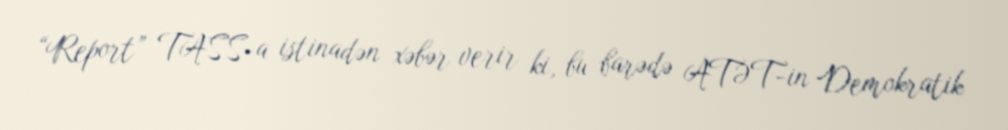
“Report” TASS-a istinadən xəbər verir ki, bu barədə ATƏT-in Demokratik